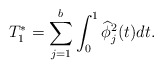
\begin{align*}T^*_1=\sum_{j=1}^{b} \int_0^1 \widehat{\phi}^2_j(t)dt.\end{align*}